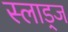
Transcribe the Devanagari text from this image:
स्लाड्ज